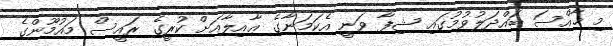
މި ޚާއްސަ ބައްދަލުވުމުގައި ޝިފާ ވަނީ އެކަމަނާގެ ޢާއިލާއަށް ކުރީގެ ރައީސް މައުމޫންގެ